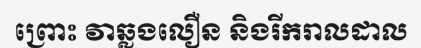
ព្រោះ វាឆ្លងលឿន និងរីករាលដាល